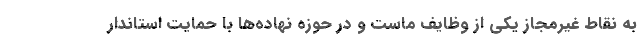
به نقاط غیرمجاز یکی از وظایف ماست و در حوزه نهاده‌ها با حمایت استاندار